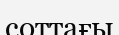
соттағы